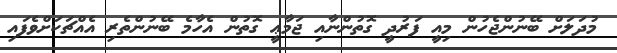
މުދަލަށް ބޭނުންޖެހުން މިއީ ފަރުދީ ގޮތުންނާއި ޖަމާޢީ ގޮތުން އެހާމެ ބޭނުންތެރި އެއްޗަކަށްވެފައި